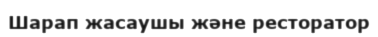
Шарап жасаушы және ресторатор